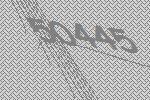
50445